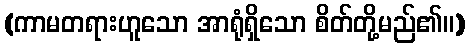
(ကာမတရားဟူသော အာရုံရှိသော စိတ်တို့မည်၏။)